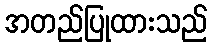
အတည်ပြုထားသည်